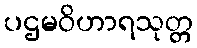
ပဌမဝိဟာရသုတ္တ